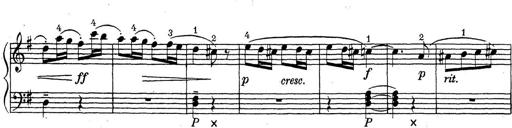
Title: ÄŒeskÃ© Sonatiny
Composer: Various